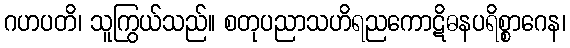
ဂဟပတိ၊ သူကြွယ်သည်။ စတုပညာသဟိရညကောဋိဓနပရိစ္စာဂေန၊